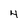
Character: 4